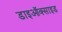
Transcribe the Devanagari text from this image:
डाइऑक्‍साइड